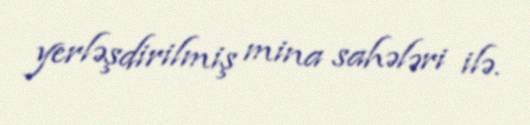
yerləşdirilmiş mina sahələri ilə.